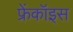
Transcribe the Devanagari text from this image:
फ्रेंकॉइस